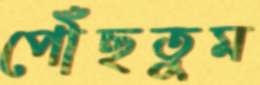
পৌঁছতুম